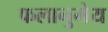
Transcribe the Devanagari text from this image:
फलानुमेय